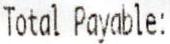
TOTAL PAYABLE: